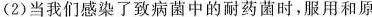
(2)当我们感染了致病菌5-的耐药菌时,服用和原